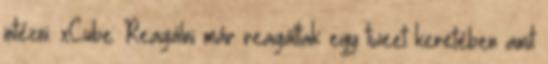
intézni. xCube: Reagálni már reagáltak egy tweet keretében amit